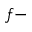
f -